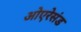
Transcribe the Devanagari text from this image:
ओएरेसंड